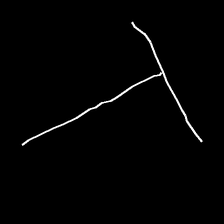
Glyph: column